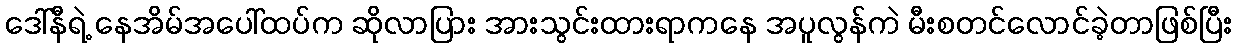
ဒေါ်နီရဲ့ နေအိမ်အပေါ်ထပ်က ဆိုလာပြား အားသွင်းထားရာကနေ အပူလွန်ကဲ မီးစတင်လောင်ခဲ့တာဖြစ်ပြီး